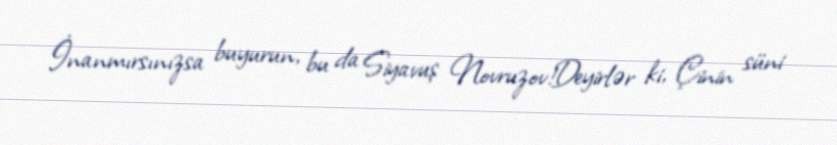
İnanmırsınızsa buyurun, bu da Siyavuş Novruzov!Deyirlər ki, Çinin süni